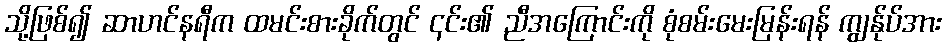
သို့ဖြစ်၍ ဆာဟင်နရီက ထမင်းစားခိုက်တွင် ၎င်း၏ ညီအကြောင်းကို စုံစမ်းမေးမြန်းရန် ကျွန်ုပ်အား